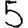
Digit: 5